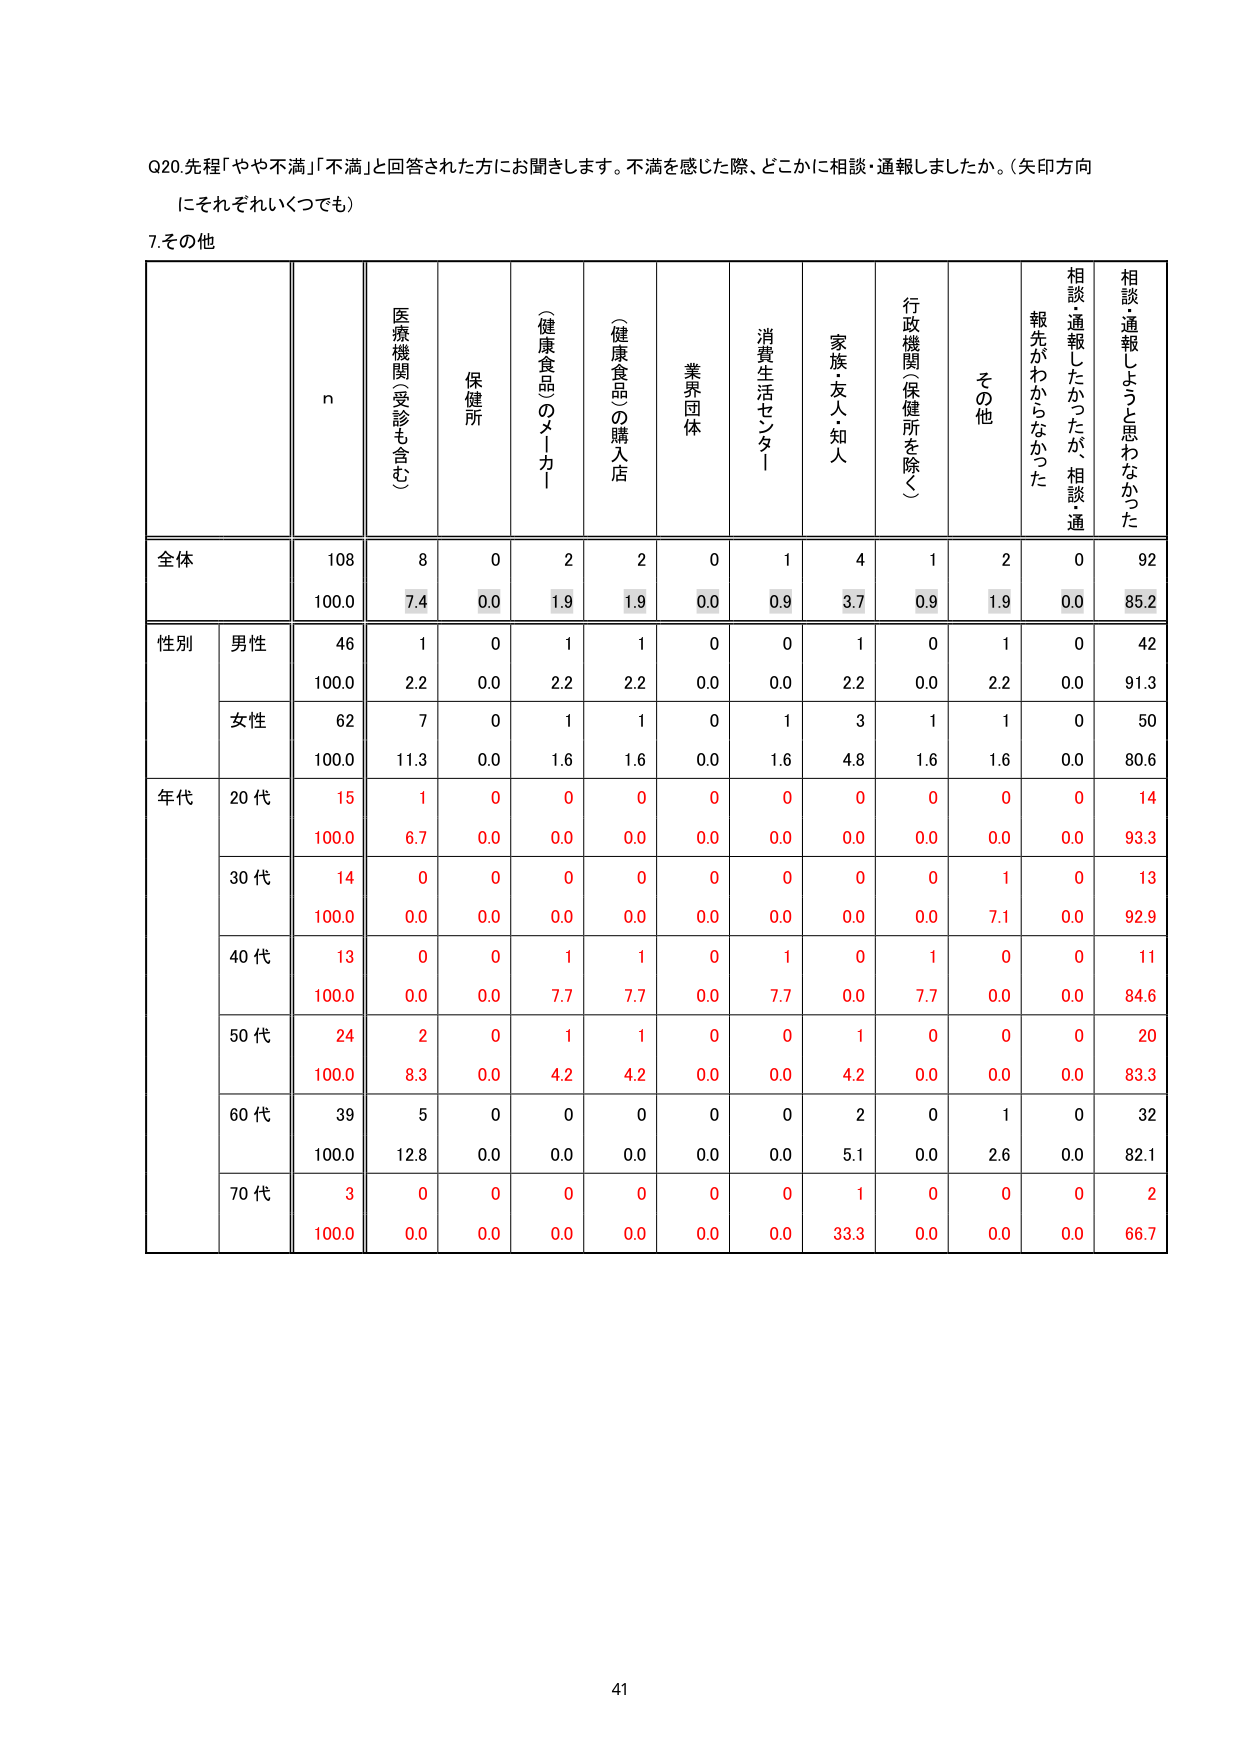
Q20. 先程「やや不満」「不満」と回答された方にお聞きします。不満を感じた際、どこかに相談・通報しましたか。（矢印方向にそれぞれいくつでも）

7. その他

n
医療機関（受診も含む）
保健所
（健康食品のメーカー）
（健康食品）の購入店
業界団体
消費生活センター
家族・友人・知人
行政機関（保健所を除く）
その他
相談・通報したかったが、相談・通報先がわからなかった
相談・通報しようと思わなかった

全体
108
8
0
2
2
0
1
4
1
2
0
92
100.0
7.4
0.0
1.9
1.9
0.0
0.9
3.7
0.9
1.9
0.0
85.2

性別
男性
46
1
0
1
1
0
0
1
0
1
0
42
100.0
2.2
0.0
2.2
2.2
0.0
0.0
2.2
0.0
2.2
0.0
91.3
女性
62
7
0
1
1
0
1
3
1
1
0
50
100.0
11.3
0.0
1.6
1.6
0.0
1.6
4.8
1.6
1.6
0.0
80.6

年代
20代
15
1
0
0
0
0
0
0
0
0
0
14
100.0
6.7
0.0
0.0
0.0
0.0
0.0
0.0
0.0
0.0
0.0
93.3
30代
14
0
0
0
0
0
0
0
0
1
0
13
100.0
0.0
0.0
0.0
0.0
0.0
0.0
0.0
0.0
7.1
0.0
92.9
40代
13
0
0
1
1
0
1
0
1
0
0
11
100.0
0.0
0.0
7.7
7.7
0.0
7.7
0.0
7.7
0.0
0.0
84.6
50代
24
2
0
1
1
0
0
1
0
0
0
20
100.0
8.3
0.0
4.2
4.2
0.0
0.0
4.2
0.0
0.0
0.0
83.3
60代
39
5
0
0
0
0
0
2
0
1
0
32
100.0
12.8
0.0
0.0
0.0
0.0
0.0
5.1
0.0
2.6
0.0
82.1
70代
3
0
0
0
0
0
0
1
0
0
0
2
100.0
0.0
0.0
0.0
0.0
0.0
0.0
33.3
0.0
0.0
0.0
66.7

41